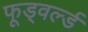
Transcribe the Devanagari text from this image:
फूड्वर्ल्ड